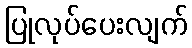
ပြုလုပ်ပေးလျက်